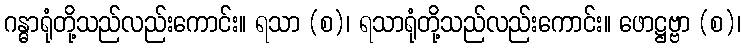
ဂန္ဓာရုံတို့သည်လည်းကောင်း။ ရသာ (စ)၊ ရသာရုံတို့သည်လည်းကောင်း။ ဖောဋ္ဌဗ္ဗာ (စ)၊